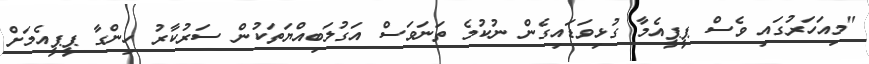
"މިއަހަރުގައި ވެސް ޕީޕީއެމާ ގުޅިވަޑައިގެން ނުކުމެ ތަނަވަސް އަގުލަބިއްޔަތަކުން ސަރުކާރު ހިންގާ ޕީޕީއެމަށް